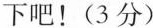
下吧！(3分)